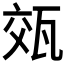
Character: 𭺡